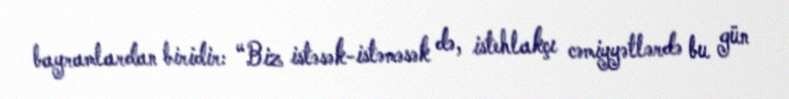
bayramlardan biridir: “Biz istəsək-istəməsək də, istehlakçı cəmiyyətlərdə bu gün